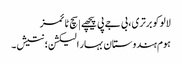
لالو کو برتری، بی جے پی پیچھے | سچ ٹائمز
ہوم ہندوستان بہار الیکشن؛ نتیش۔